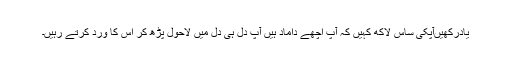
یادرکھیںآپکی ساس لاکھ کہیں کہ آپ اچھے داماد ہیں آپ دل ہی دل میں لاحول پڑھ کر اس کا ورد کرتے رہیں۔